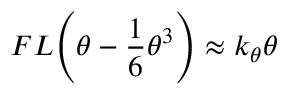
F L { \Bigg ( } \theta - { \frac { 1 } { 6 } } \theta ^ { 3 } { \Bigg ) } \approx k _ { \theta } \theta